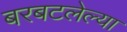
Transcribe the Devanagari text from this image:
बरबटलेल्या